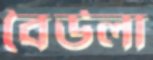
বৈউলা